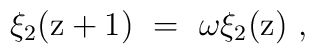
\xi_2 ( {\rm z} + 1 ) \ = \ \omega \xi_2 ( {\rm z}) \ ,